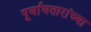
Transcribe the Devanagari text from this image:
पूर्वावतारांच्या